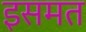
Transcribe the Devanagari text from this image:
इसमत